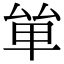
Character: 𠫹